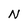
Character: N